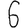
Digit: 6